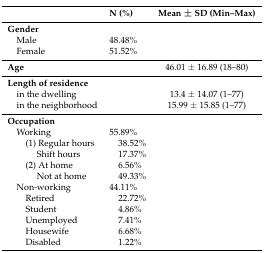
|  | N (%) | Mean ± SD (Min–Max) |
 | --- | --- | --- |
 | Gender |  |  |
 | Male | 48.48% |  |
 | Female | 51.52% |  |
 | Age |  | 46.01 ± 16.89 (18–80) |
 | Length of residence |  |  |
 | in the dwelling |  | 13.4 ± 14.07 (1–77) |
 | in the neighborhood |  | 15.99 ± 15.85 (1–77) |
 | Occupation |  |  |
 | Working | 55.89% |  |
 | (1) Regular hours | 38.52% |  |
 | Shift hours | 17.37% |  |
 | (2) At home | 6.56% |  |
 | Not at home | 49.33% |  |
 | Non-working | 44.11% |  |
 | Retired | 22.72% |  |
 | Student | 4.86% |  |
 | Unemployed | 7.41% |  |
 | Housewife | 6.68% |  |
 | Disabled | 1.22% |  |